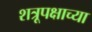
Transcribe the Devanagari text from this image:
शत्रूपक्षाच्या